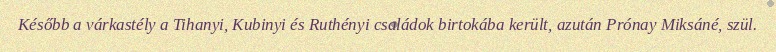
Később a várkastély a Tihanyi, Kubinyi és Ruthényi családok birtokába került, azután Prónay Miksáné, szül.